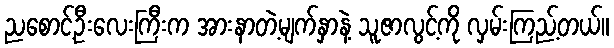
ညစောင့်ဦးလေးကြီးက အားနာတဲ့မျက်နှာနဲ့ သူဇာလွင့်ကို လှမ်းကြည့်တယ်။